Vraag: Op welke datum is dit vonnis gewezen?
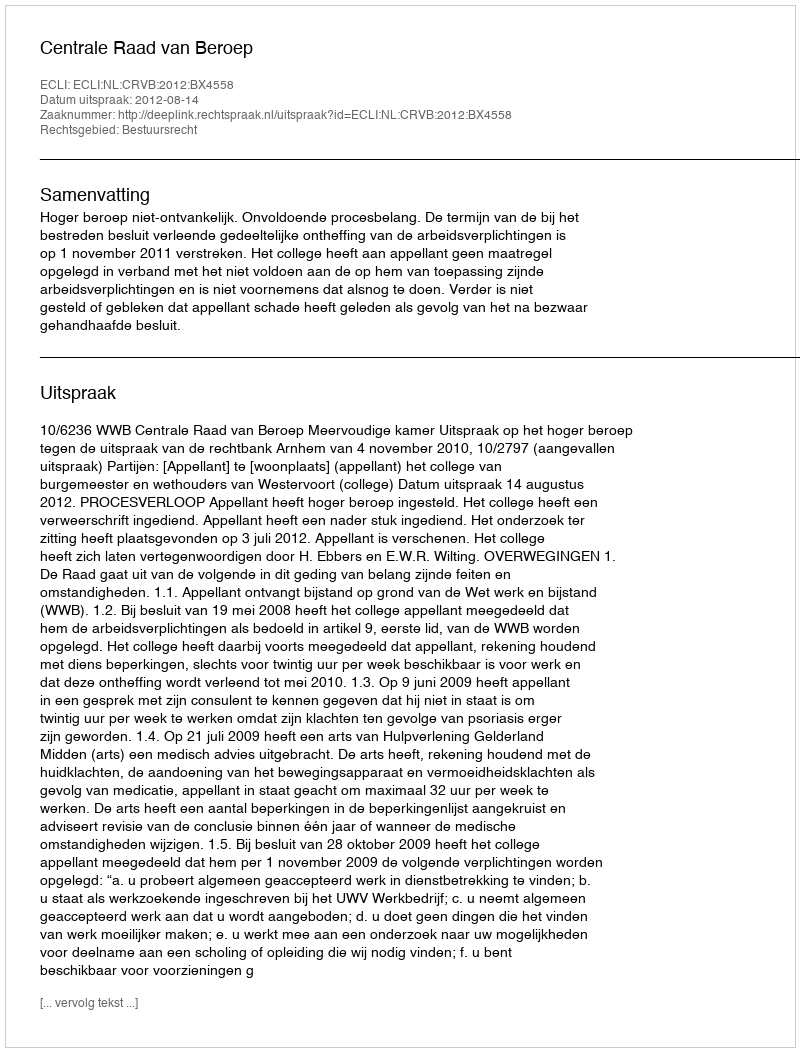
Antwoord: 2012-08-14